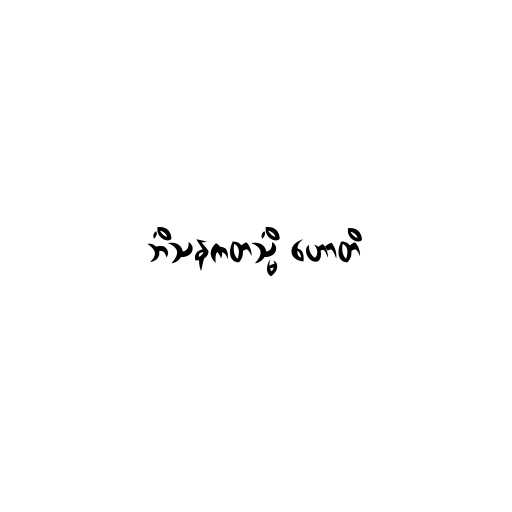
ဘိံသနကတသ္မိံ ဟောတိ